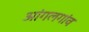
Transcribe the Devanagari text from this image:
आंगलगांव